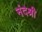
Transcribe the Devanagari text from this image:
नंदश्री